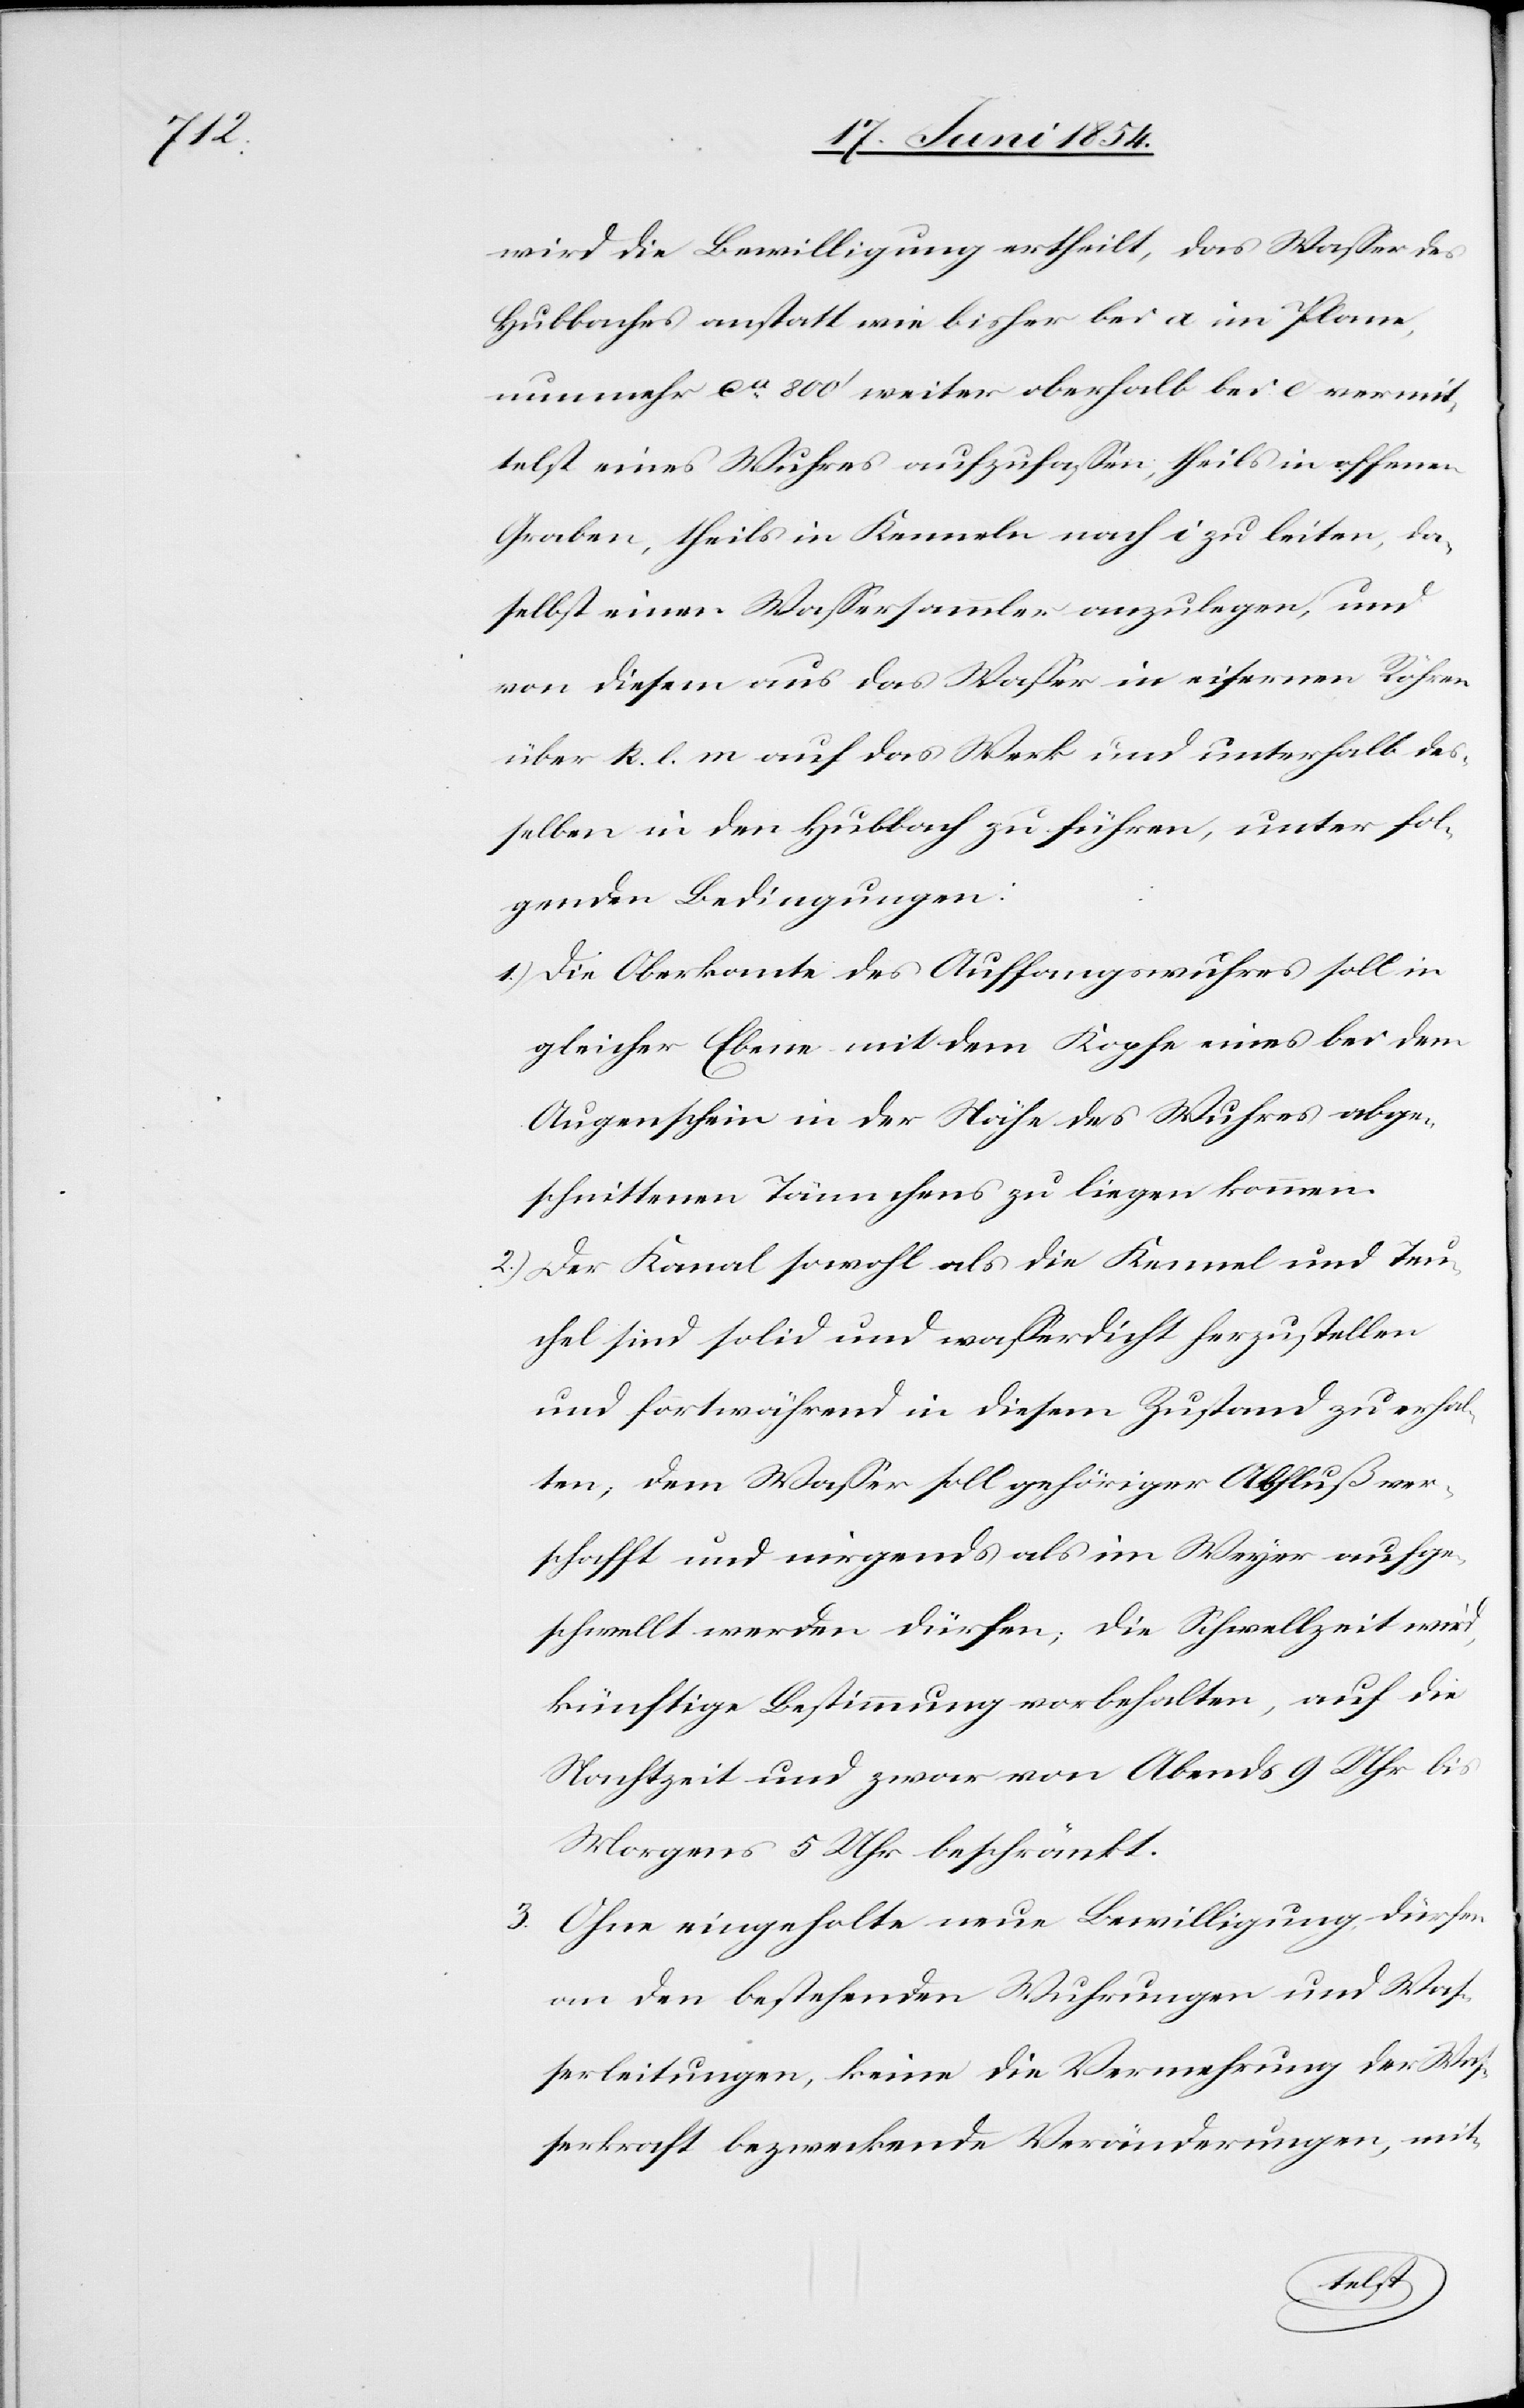
wird die Bewilligung ertheilt, das Waßer des
Hubbaches anstatt wie bisher bei a im Plane,
nunmehr ca 800‘ weiter oberhalb bei e vermit¬
telst eines Wuhres aufzufaßen, theils in offenen
Grabe, theils in Kenneln nach i zu leiten, da¬
selbst einen Waßersammler anzulegen, und
von diesem aus das Waßer in eisernen Röhren
über k. l. m auf das Werk und unterhalb des¬
selben in den Hubbach zu führen, unter fol¬
genden Bedingungen:
1.) Die Oberkante des Auffangswuhres soll in
gleicher Ebene mit dem Kopfe eines bei dem
Augenschein in der Nähe des Wuhres abge¬
schnittenen Tännchens zu liegen kommen.
2.) Der Kanal sowohl als die Kennel und Teu¬
chel sind solid und waßerdicht herzustellen
und fortwährend in diesem Zustand zu erhal¬
ten; dem Waßer soll gehöriger Abfluß ver¬
schafft und nirgends als im Weyer aufge¬
schwellt werden dürfen; die Schwellzeit wird,
künftige Bestimmung vorbehalten, auf die
Nachtzeit und zwar von Abends 9 Uhr bis
Morgens 5 Uhr beschränkt.
3.[)] Ohne eingeholte neue Bewilligung, dürfen
an den bestehenden Wuhrungen und Waß¬
erleitungen, keine die Vermehrung der Waß¬
erkraft bezweckende Veränderungen, mit-